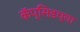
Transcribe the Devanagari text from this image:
कॅप्सिडच्या